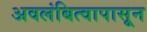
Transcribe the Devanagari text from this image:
अवलंबित्वापासून